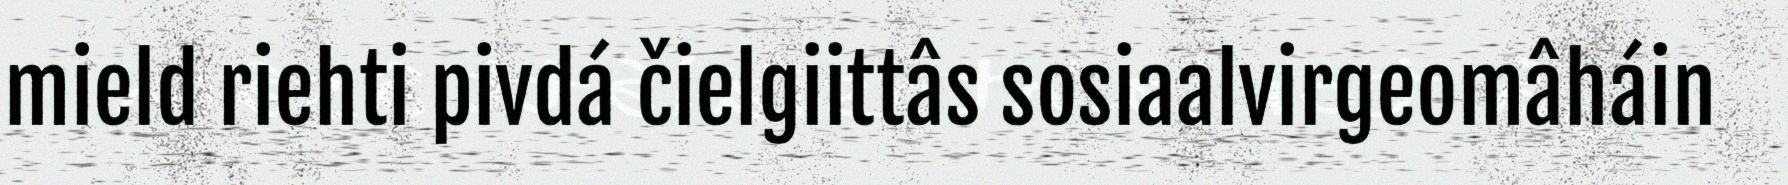
mield riehti pivdá čielgiittâs sosiaalvirgeomâháin